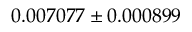
0 . 0 0 7 0 7 7 \pm 0 . 0 0 0 8 9 9